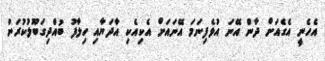
އެހެނީ އެގެއަށް ދާން އޭނަ އުޅެފިނަމަ އޭނައަށް އެކިއެކި އާދަޔާއި ހިލާފު ބުއްދިގަބޫލުކުރަން